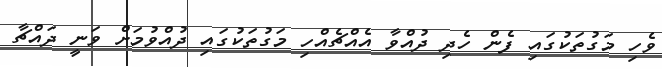
ވެހި މަގުތަކުގައި ފެން ހެދި ދުއްވާ އެއްޗެއްހި މަގުތަކުގައި ދުއްވުމަށް ވަނީ ދައްޗާ